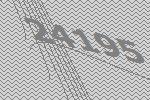
24195